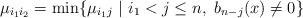
LaTeX: \begin{align*}\mu_{i_1i_2}=\min \{\mu_{i_1j}\ |\ i_1<j \leq n,\ b_{n-j}(x)\ne 0\}\end{align*}